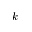
k